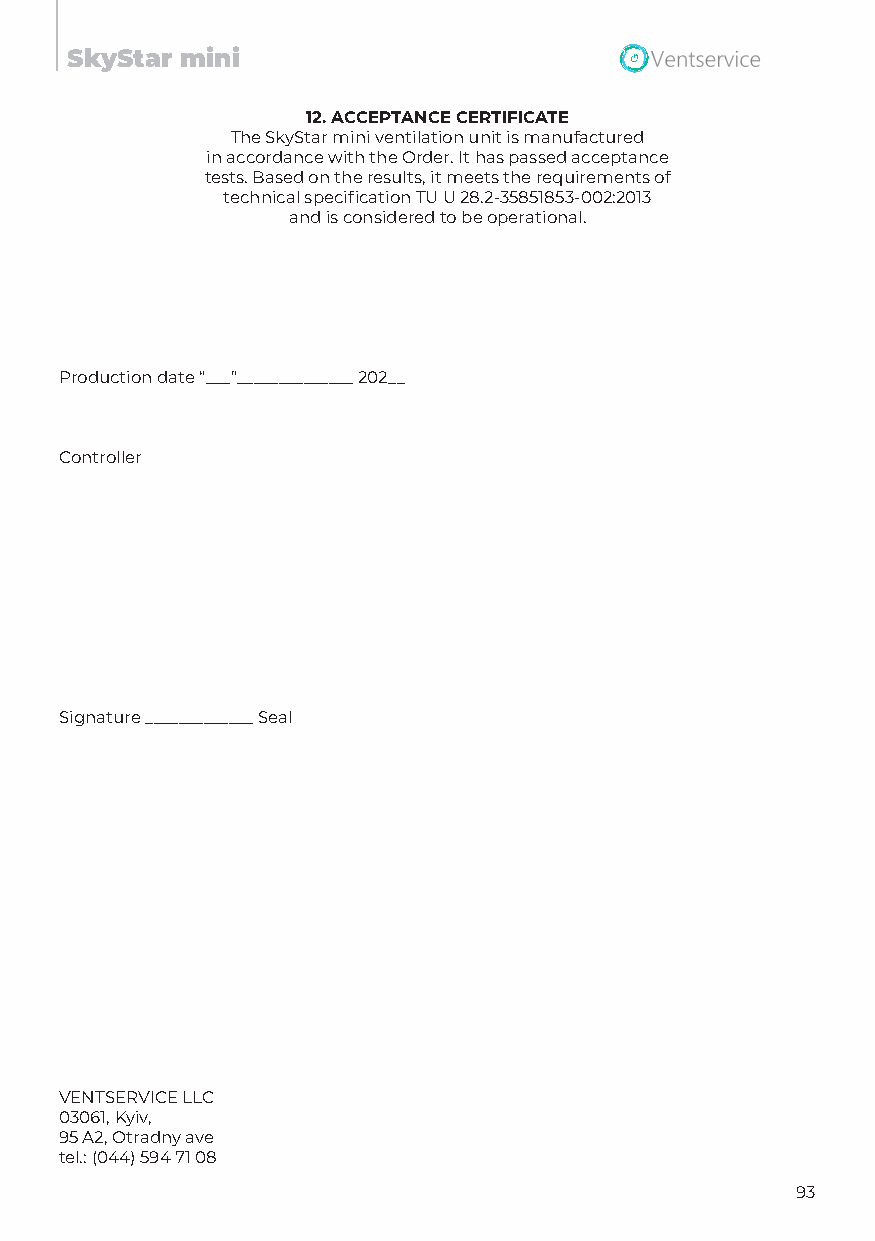
SkyStar mini
 12.ACCEPTANCE CERTIFICATE
 The SkyStar mini ventilation unit is manufactured
 in accordance with the Order. It has passed acceptance
 tests. Based on the results, it meets the requirements of
 technical specification TU U 28.2-35851853-002:2013
 and is considered to be operational.
 Production date “___”______________ 202__
 Controller
 Signature _____________ Seal
 VENTSERVICE LLC
 03061, Kyiv,
 95 A2, Otradny ave
 tel.: (044) 594 71 08
 93